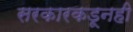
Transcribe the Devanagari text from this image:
सरकारकडूनही